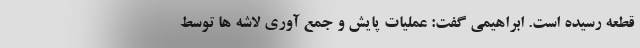
قطعه رسیده است. ابراهیمی گفت: عملیات پایش و جمع آوری لاشه ها توسط